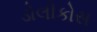
ડોલીકોસ